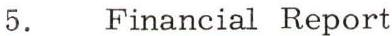
5. Financial Report